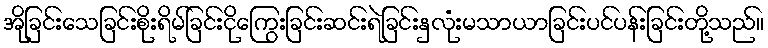
အိုခြင်းသေခြင်းစိုးရိမ်ခြင်းငိုကြွေးခြင်းဆင်းရဲခြင်းနှလုံးမသာယာခြင်းပင်ပန်းခြင်းတို့သည်။